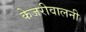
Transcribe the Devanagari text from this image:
केजरीवालनी